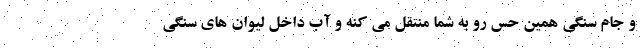
و جام سنگی همین حس رو به شما منتقل می کنه و آب داخل لیوان های سنگی